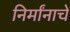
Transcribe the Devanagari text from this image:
निर्मांनाचे